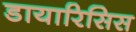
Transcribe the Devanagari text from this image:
डायारिसिस